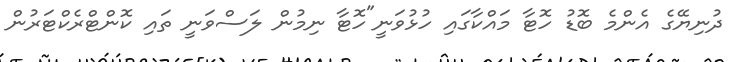
ދުނިޔޭގެ އެންމެ ބޮޑު ހޮޓާ މައްކާގައި ހުޅުވަނީ"ހޮޓާ ނިމުން ލަސްވަނީ ތައި ކޮންޓްރެކްޓަރުން